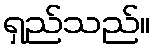
ရှည်သည်။